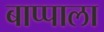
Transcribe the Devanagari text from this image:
बाप्पाला